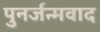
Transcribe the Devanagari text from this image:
पुनर्जन्मवाद